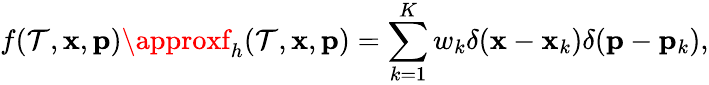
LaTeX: f(\mathcal{T},{\mathbf{x}},{\mathbf{p}})\approxf_{h}(\mathcal{T},{\mathbf{x}},{\mathbf{p}})=\sum_{k=1}^{K}w_{k}\delta({\mathbf{x}}-{\mathbf{x}}_{k})\delta({\mathbf{p}}-{\mathbf{p}}_{k}),